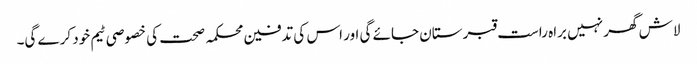
لاش گھر نہیں براہ راست قبرستان جائے گی اور اس کی تدفین محکمہ صحت کی خصوصی ٹیم خود کرے گی۔